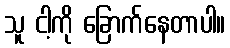
သူ ငါ့ကို ခြောက်နေတာပါ။